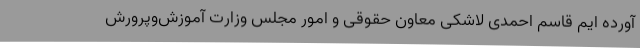
آورده ایم قاسم احمدی لاشکی معاون حقوقی و امور مجلس وزارت آموزش‌وپرورش